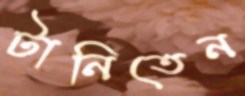
টানিতেন